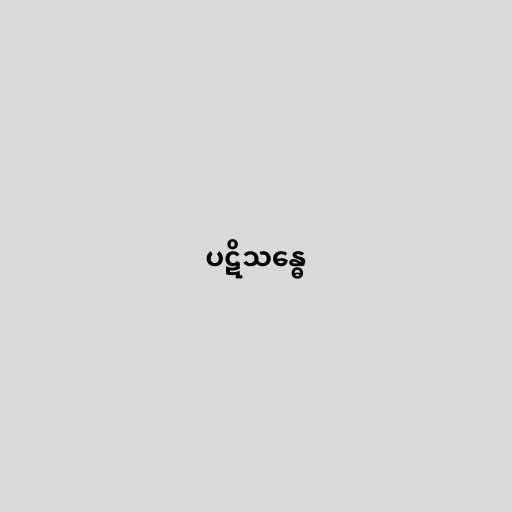
ပဋိသန္ဓေ